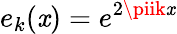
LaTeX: e_{k}(\mathit{x})=e^{2\piik\mathit{x}}